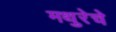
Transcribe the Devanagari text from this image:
मथुरेचे